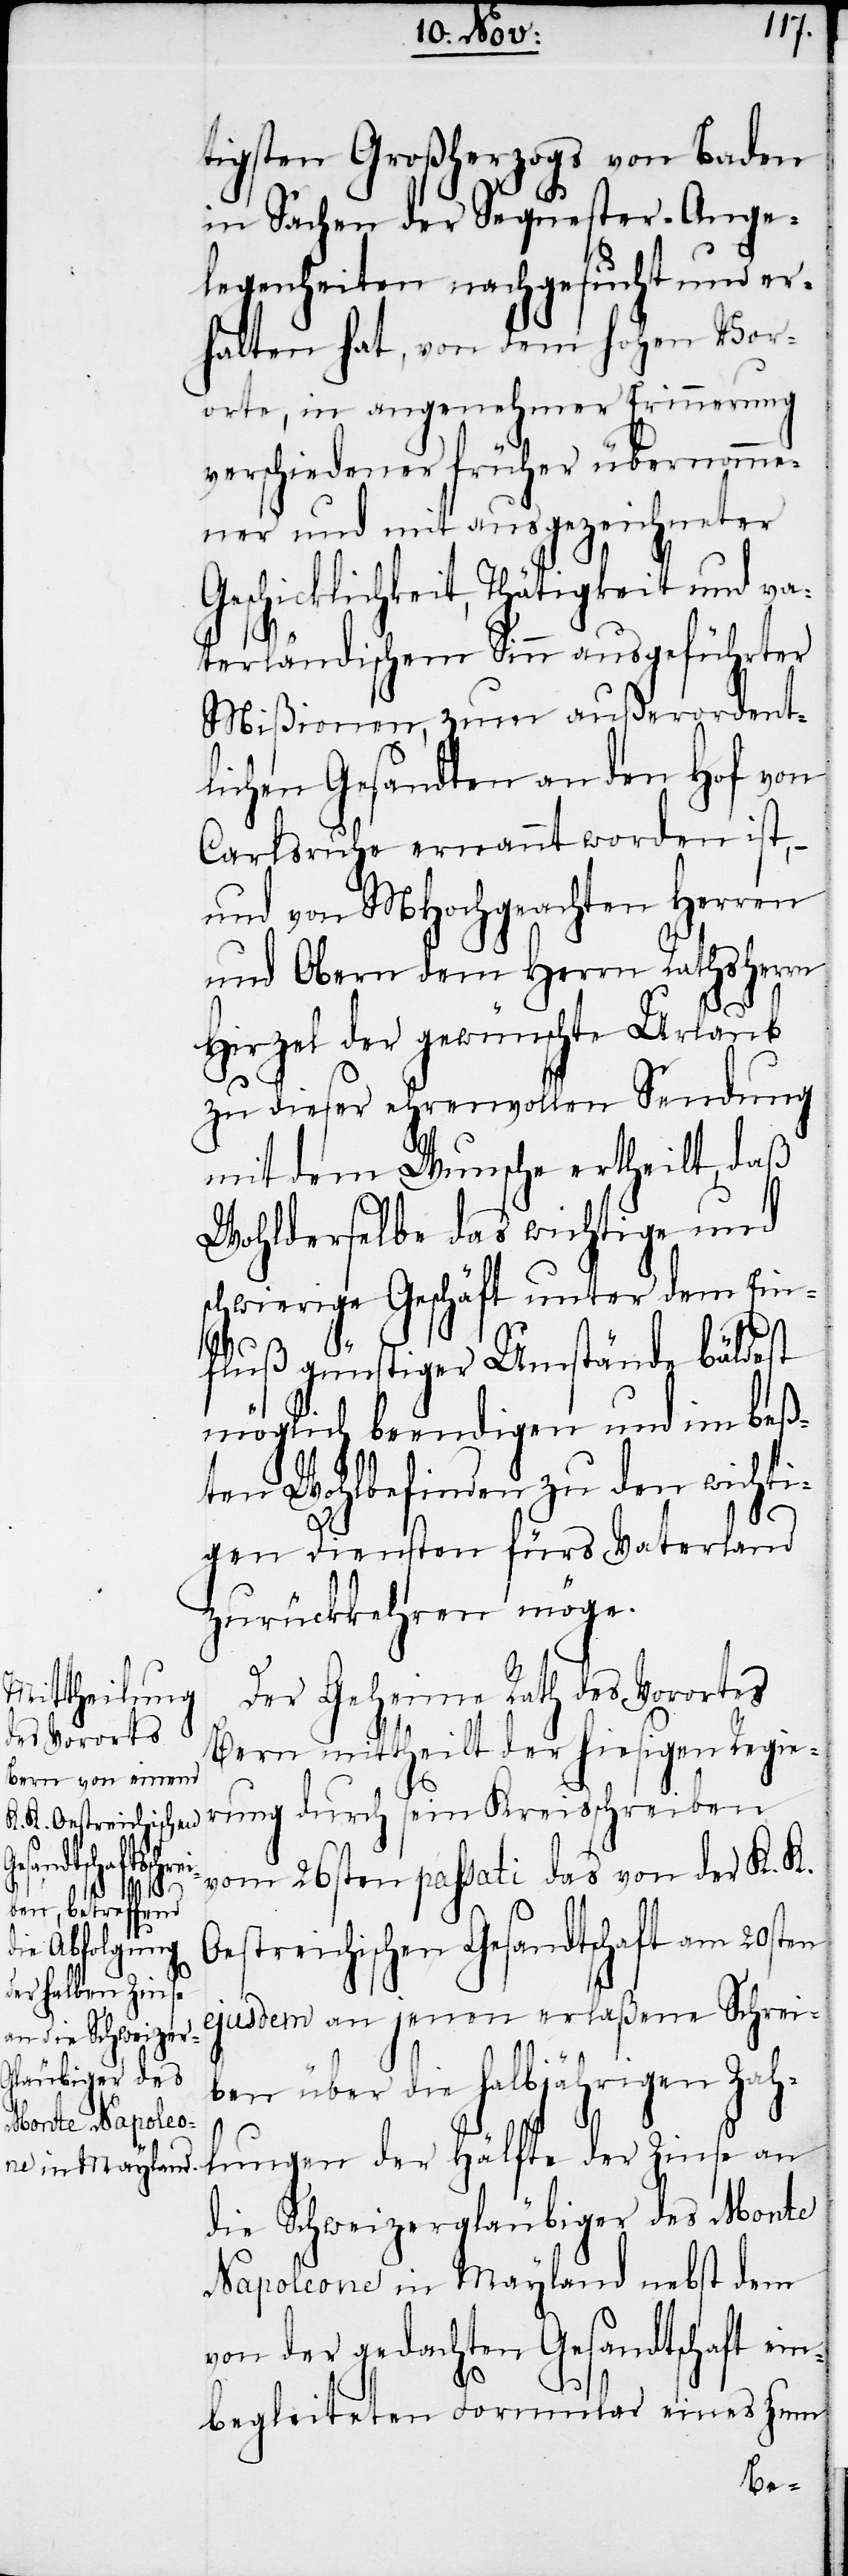
den ist,

tigsten Großherzogs von Baden
in Sachen der Sequester-Ange¬
legenheiten nachgesucht und er¬
halten hat, von dem hohen Vor¬
orte, in angenehmer Erinnerung
verschiedener früher übernomme¬
ner und mit ausgeze¬
daß
Geschicklichkeit, Thätigkeit
erländischem Sinn aus¬
dent¬
Mißionen, zum au¬
von
lichen Gesandten an den
Carlsruhe ernannt wor¬
und von MHochgeachten Herren
und Obern dem Herrn Rathsherrn
aub
Hirzel der gewünschte Url¬
zu dieser ehrenvollen Sendung
mit dem Wunsche erthei¬
Wohlderselbe das wichtige und
schwierige Geschäft unter dem
fluß günstiger Umstände bälde¬
möglich beendigen und im be¬
ßten Wohlbefinden zu den wicht¬
igen Diensten fürs Vaterland
zurückkehren möge.
Der Geheime Rath des Vorortes
Bern mittheilt der hiesigen Regie¬
rung durch sein Kreisschreiben
vom 26sten passati das von der K. K.
Oestreichischen Gesandtschaft am 20sten
ejusdem an jenen erlaßene Schrei¬
st
ben über die halbjährigen Zah¬
lungen der Hälfte der Zinse an
die Schweizergläubiger des Monte
Napoleone in Mayland nebst dem
von der gedachten Gesandtschaft ein¬
begleiteten Formular eines zum